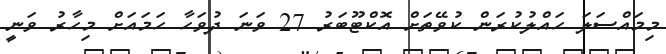
މިމައްސަލަ ހައްލުކުރަން ކުވޭތަށް އޮކްޓޫބަރު 27 ވަނަ ދުވަހާ ހަމައަށް މިހާރު ވަނީ